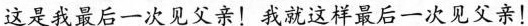
这是我最后一次见父亲！我就这样最后一次见父亲！